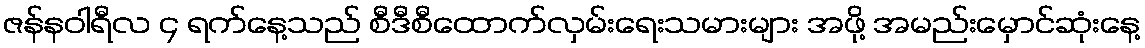
ဇန်နဝါရီလ ၄ ရက်နေ့သည် စီဒီစီထောက်လှမ်းရေးသမားများ အဖို့ အမည်းမှောင်ဆုံးနေ့